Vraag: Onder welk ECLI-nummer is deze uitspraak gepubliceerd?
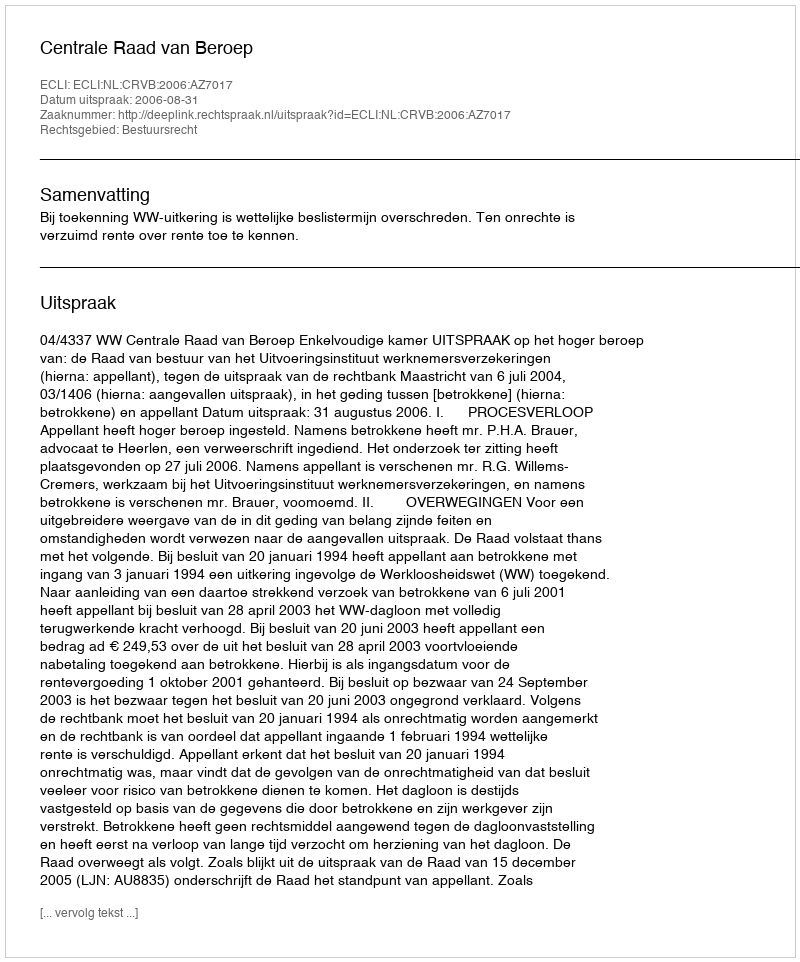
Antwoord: ECLI:NL:CRVB:2006:AZ7017